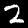
Digit: 2